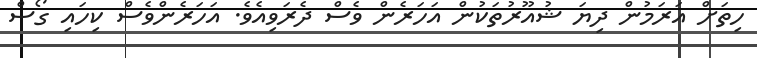
ހިތަށް އަރަމުން ދިޔަ ޝުއޫރުތަކުން އަހަރެން ވެސް ދެރަވިއެވެ. އަހަރެންވެސް ކިހައި ގޯސް